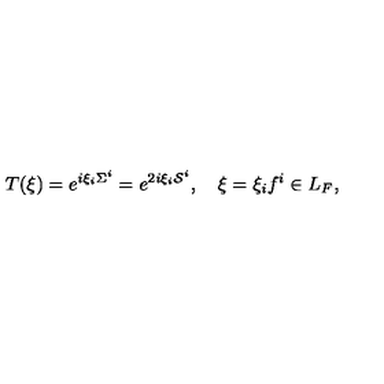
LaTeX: T ( \xi ) = e ^ { i \xi _ { i } \Sigma ^ { i } } = e ^ { 2 i \xi _ { i } { \cal S } ^ { i } } , \quad \xi = \xi _ { i } f ^ { i } \in L _ { F } ,